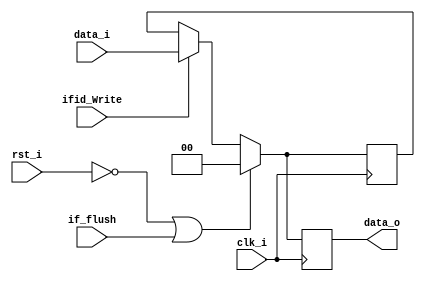
//Subject:     CO project 4 - Pipe Register
//--------------------------------------------------------------------------------
//Version:     1
//--------------------------------------------------------------------------------
//Writer:      
//----------------------------------------------
//Date:        
//----------------------------------------------
//Description: 
//--------------------------------------------------------------------------------
//0316303fM_0316309S
module Stall_Pipe_Reg(
    clk_i,
	rst_i,
	data_i,
	data_o,
	ifid_Write,
	if_flush
	);

parameter size = 0;

input					clk_i;		  
input					rst_i;
input		[size-1: 0]	data_i;
input					ifid_Write;
input					if_flush;
output reg	[size-1: 0]	data_o;

reg [size-1: 0] stall;
always @(posedge clk_i) begin
   if(~rst_i || if_flush)begin
      data_o <= 0;
		stall <= 0;
	end
   else if(ifid_Write)begin
      data_o <= data_i;
		stall <= data_i;
	end
	else
		data_o <= stall;
end

endmodule